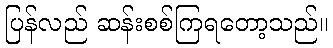
ပြန်လည် ဆန်းစစ်ကြရတော့သည်။